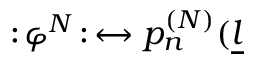
: \! \varphi ^ { N } \! : \, \leftrightarrow p _ { n } ^ { ( N ) } ( \underline { { { l } } }